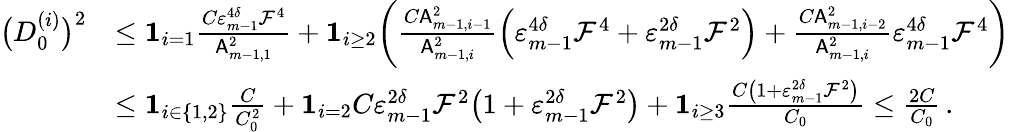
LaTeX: \begin{array}{rl}{\bigl(D_{0}^{(i)}\bigr)^{2}}&{\leq{\mathbf 1}_{i=1}\frac{C\varepsilon_{m-1}^{4\delta}\mathcal{F}^{4}}{\mathsf{A}_{m-1,1}^{2}}+{\mathbf 1}_{i\geq 2}\biggl(\frac{C\mathsf{A}_{m-1,i-1}^{2}}{\mathsf{A}_{m-1,i}^{2}}\Bigl(\varepsilon_{m-1}^{4\delta}\mathcal{F}^{4}+\varepsilon_{m-1}^{2\delta}\mathcal{F}^{2}\Bigr)+\frac{C\mathsf{A}_{m-1,i-2}^{2}}{\mathsf{A}_{m-1,i}^{2}}\varepsilon_{m-1}^{4\delta}\mathcal{F}^{4}\biggr)}\\ &{\leq{\mathbf 1}_{i\in\{ 1,2\} }\frac{C}{C_{0}^{2}}+{\mathbf 1}_{i=2}C\varepsilon_{m-1}^{2\delta}\mathcal{F}^{2}\bigl(1+\varepsilon_{m-1}^{2\delta}\mathcal{F}^{2}\bigr)+{\mathbf 1}_{i\geq 3}\frac{C\bigl(1+\varepsilon_{m-1}^{2\delta}\mathcal{F}^{2}\bigr)}{C_{0}}\leq\frac{2C}{C_{0}}\, .}\end{array}